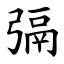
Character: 㣂